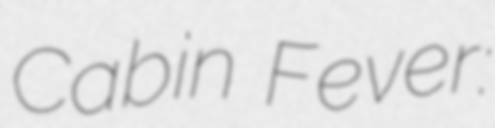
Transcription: Cabin Fever: